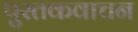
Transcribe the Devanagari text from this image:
पुस्तकवाचन